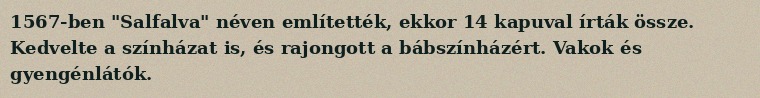
1567-ben "Salfalva" néven említették, ekkor 14 kapuval írták össze. Kedvelte a színházat is, és rajongott a bábszínházért. Vakok és gyengénlátók.